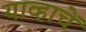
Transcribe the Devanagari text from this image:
याव्हाचें